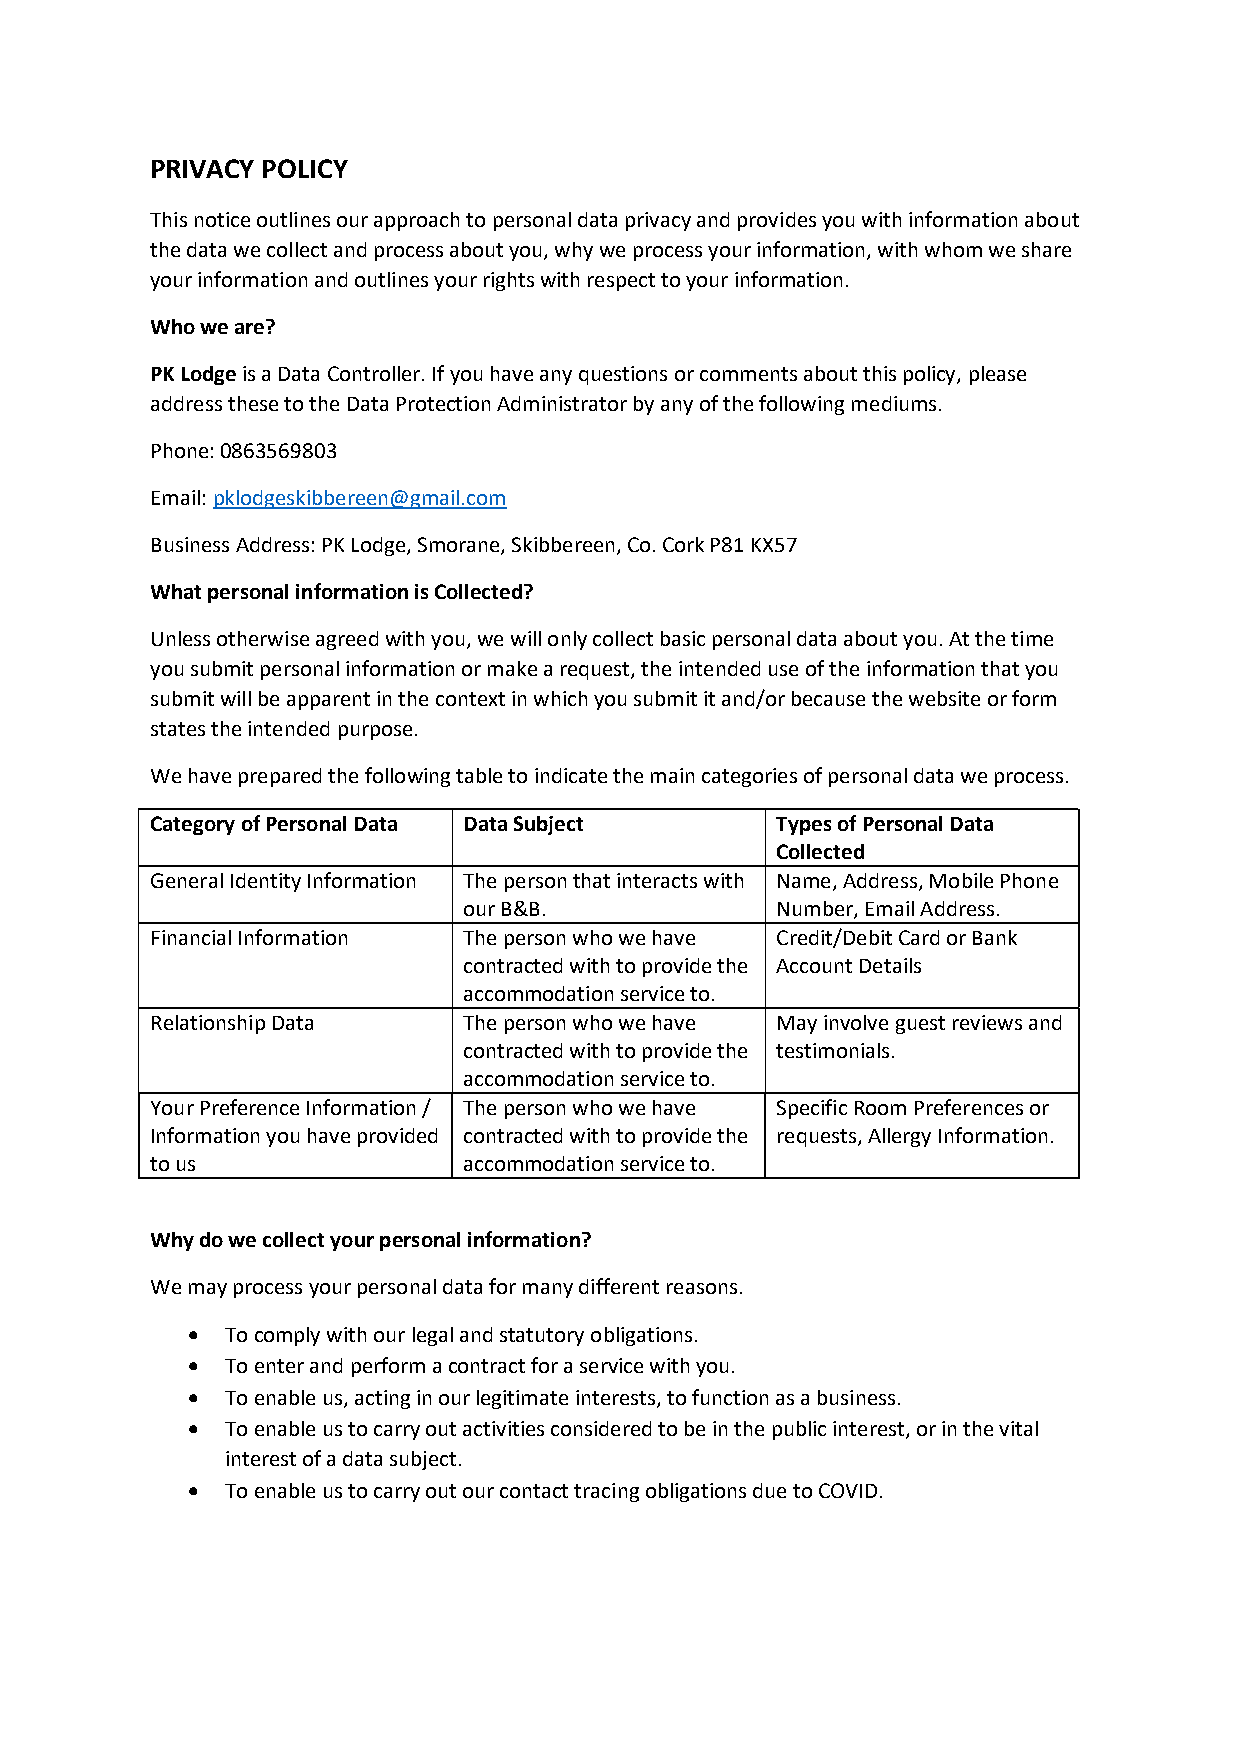
PRIVACY POLICY
 This notice outlines our approach to personal data privacy and provides you with information about
 the data we collect and process about you, why we process your information, with whom we share
 your information and outlines your rights with respect to your information.
 Who we are?
 PK Lodge is a Data Controller. If you have any questions or comments about this policy, please
 address these to the Data Protection Administrator by any of the following mediums.
 Phone: 0863569803
 Email: pklodgeskibbereen@gmail.com
 Business Address: PK Lodge, Smorane, Skibbereen, Co. Cork P81 KX57
 What personal information is Collected?
 Unless otherwise agreed with you, we will only collect basic personal data about you. At the time
 you submit personal information or make a request, the intended use of the information that you
 submit will be apparent in the context in which you submit it and/or because the website or form
 states the intended purpose.
 We have prepared the following table to indicate the main categories of personal data we process.
 Category of Personal Data Data Subject   Types of Personal Data
 Collected
 General Identity Information The person that interacts with Name, Address, Mobile Phone
 our B&B.            Number, Email Address.
 Financial Information The person who we have Credit/Debit Card or Bank
 contracted with to provide the Account Details
 accommodation service to.
 Relationship Data    The person who we have May involve guest reviews and
 contracted with to provide the testimonials.
 accommodation service to.
 Your Preference Information / The person who we have Specific Room Preferences or
 Information you have provided contracted with to provide the requests, Allergy Information.
 to us                accommodation service to.
 Why do we collect your personal information?
 We may process your personal data for many different reasons.
   To comply with our legal and statutory obligations.
   To enter and perform a contract for a service with you.
   To enable us, acting in our legitimate interests, to function as a business.
   To enable us to carry out activities considered to be in the public interest, or in the vital
 interest of a data subject.
   To enable us to carry out our contact tracing obligations due to COVID.